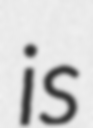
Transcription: is